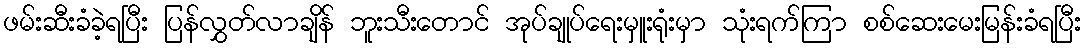
ဖမ်းဆီးခံခဲ့ရပြီး ပြန်လွှတ်လာချိန် ဘူးသီးတောင် အုပ်ချုပ်ရေးမှူးရုံးမှာ သုံးရက်ကြာ စစ်ဆေးမေးမြန်းခံရပြီး